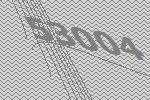
53004